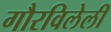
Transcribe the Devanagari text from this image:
गौरविलेली